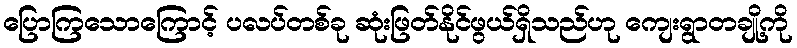
ပြောကြသောကြောင့် ပလပ်တစ်ခု ဆုံးဖြတ်နိုင်ဖွယ်ရှိသည်ဟု ကျေးရွာတချို့ကို